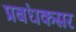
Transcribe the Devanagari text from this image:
प्रबंधकसर